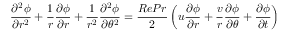
\frac { \partial ^ { 2 } \phi } { \partial r ^ { 2 } } + \frac { 1 } { r } \frac { \partial \phi } { \partial r } + \frac { 1 } { r ^ { 2 } } \frac { \partial ^ { 2 } \phi } { \partial \theta ^ { 2 } } = \frac { R e P r } { 2 } \left( u \frac { \partial \phi } { \partial r } + \frac { v } { r } \frac { \partial \phi } { \partial \theta } + \frac { \partial \phi } { \partial t } \right)